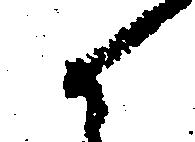
候